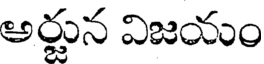
అర్జున విజయం